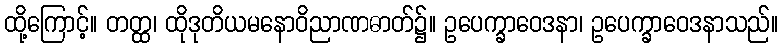
ထို့ကြောင့်။ တတ္ထ၊ ထိုဒုတိယမနောဝိညာဏဓာတ်၌။ ဥပေက္ခာဝေဒနာ၊ ဥပေက္ခာဝေဒနာသည်။